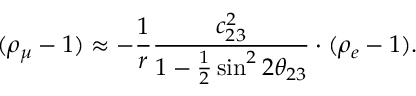
( \rho _ { \mu } - 1 ) \approx - { \frac { 1 } { r } } { \frac { c _ { 2 3 } ^ { 2 } } { 1 - { \frac { 1 } { 2 } } \sin ^ { 2 } 2 \theta _ { 2 3 } } } \cdot ( \rho _ { e } - 1 ) .